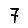
Digit: 7